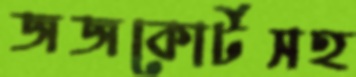
জজকোর্টসহ